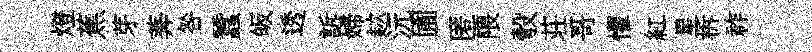
燈蕉芽莾咎蠶皈透訴婦趑沅圃匿隈彀荘哥懼紅星柝祚